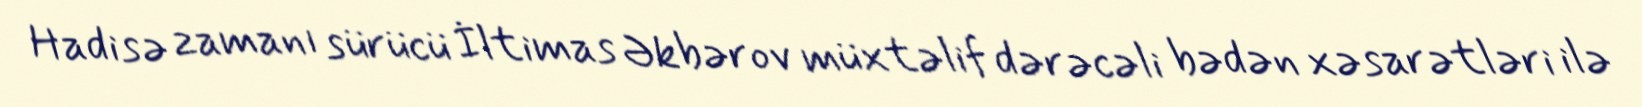
Hadisə zamanı sürücü İltimas Əkbərov müxtəlif dərəcəli bədən xəsarətləri ilə